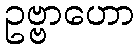
ဥဗ္ဗာဟော